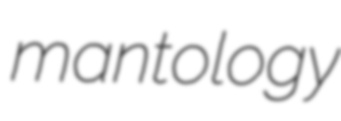
mantology